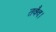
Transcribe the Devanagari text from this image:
तवैव।